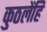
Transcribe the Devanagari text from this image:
कुठलेंहि